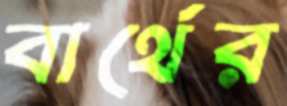
বার্থের